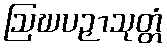
ဩဃပဉှာသုတ္တံ